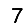
Digit: 7